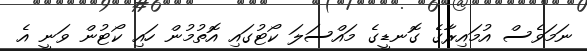
ނަމަވެސް އުމައިރާގެ ގޮނޑީގެ މައްސަލަ ކޯޓުގައި އޮތުމުން ހައި ކޯޓުން ވަނީ އެ